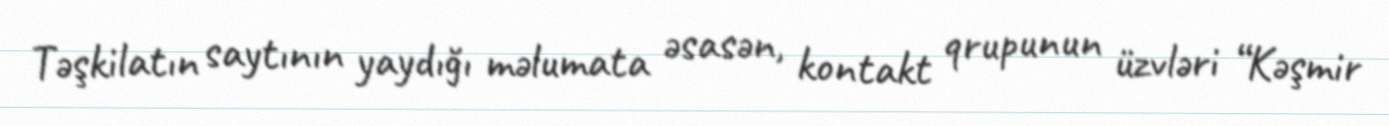
Təşkilatın saytının yaydığı məlumata əsasən, kontakt qrupunun üzvləri “Kəşmir